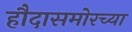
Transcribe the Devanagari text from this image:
हौदासमोरच्या